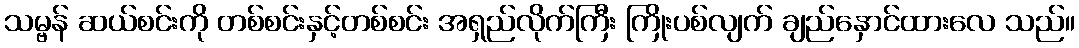
သမ္ဗန် ဆယ်စင်းကို တစ်စင်းနှင့်တစ်စင်း အရှည်လိုက်ကြီး ကြိုးပစ်လျက် ချည်နှောင်ထားလေ သည်။